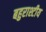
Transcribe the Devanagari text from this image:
बहुराश्टीय